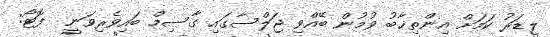
ލީޑަރު ކަމަށް އިންތިޚާބު ވުމުން ބޭއްވި ޖަލްސާގައި ގާސިމް ބައިވެރިވަނީ  ފޮޓޯ: